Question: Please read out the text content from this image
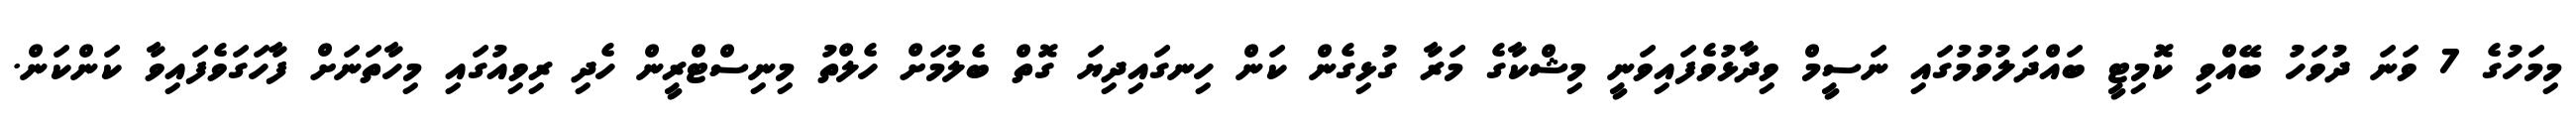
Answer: މިމަހުގެ 7 ވަނަ ދުވަހު ބޭއްވި ކޮމިޓީ ބައްދަލުވުމުގައި ނަސީމް ވިދާޅުވެފައިވަނީ މިޝްކާގެ މަރާ ގުޅިގެން ކަން ހިނގައިދިޔަ ގޮތް ބެލުމަށް ހެލްތު މިނިސްޓްރީން ހެދި ރިވިއުގައި މިހާތަނަށް ފާހަގަވެފައިވާ ކަންކަން.